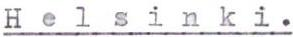
H e l s i n k i.